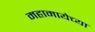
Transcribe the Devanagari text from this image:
महामायेच्या